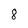
Character: 8